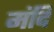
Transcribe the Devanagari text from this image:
मंदि